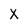
Character: X